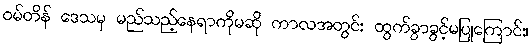
ဝမ်တိန် ဒေသမှ မည်သည့်နေရာကိုမဆို ကာလအတွင်း ထွက်ခွာခွင့်မပြုကြောင်း၊